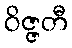
ဝိဇ္ဇတီ